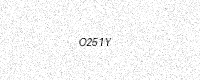
Text: O251Y